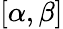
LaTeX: [\alpha,\beta]